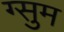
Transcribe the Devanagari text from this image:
ग्सुम